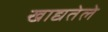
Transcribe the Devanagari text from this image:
खाद्यतेले